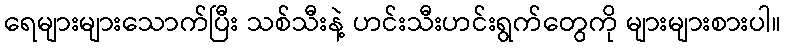
ရေများများသောက်ပြီး သစ်သီးနဲ့ ဟင်းသီးဟင်းရွက်တွေကို များများစားပါ။